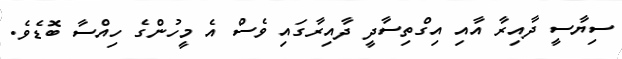
ސިޔާސީ ދާއިރާ އާއި އިގްތިސާދީ ދާއިރާގައި ވެސް އެ މީހުންގެ ހިއްސާ ބޮޑެވެ.